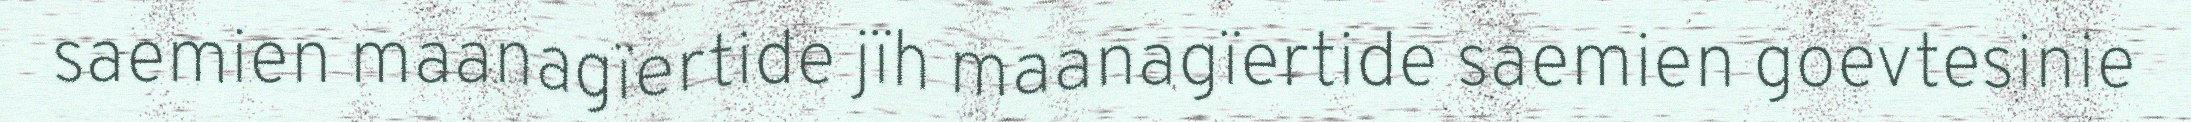
saemien maanagïertide jïh maanagïertide saemien goevtesinie